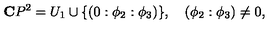
{ \bf C } P ^ { 2 } = U _ { 1 } \cup \{ ( 0 : \phi _ { 2 } : \phi _ { 3 } ) \} , \quad ( \phi _ { 2 } : \phi _ { 3 } ) \not = 0 ,